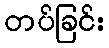
တပ်ခြင်း